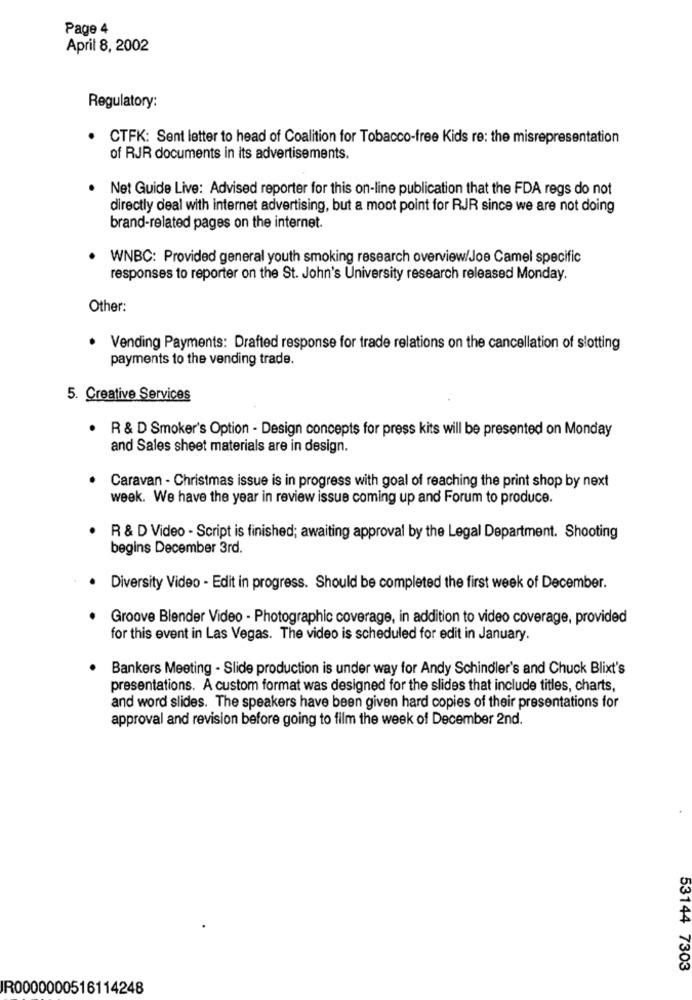
Page 4
April 8, 2002
Regulatory:
CTFK: Sent letter to head of Coalition for Tobacco-free Kids re: the misrepresentation
of RJR documents in its advertisements.
Net Guide Live: Advised reporter for this on-line publication that the FDA regs do not
directly deal with internet advertising, but a moot point for RJR since we are not doing
brand-related pages on the internet.
WNBC: Provided general youth smoking research overview/Joe Camel specific
responses to reporter on the St. John's University research released Monday.
Other:
.
Vending Payments: Drafted response for trade relations on the cancellation of slotting
payments to the vending trade.
5. Creative Services
.
R & D Smoker's Option - Design concepts for press kits will be presented on Monday
and Sales sheet materials are in design.
Caravan - Christmas issue is in progress with goal of reaching the print shop by next
week. We have the year in review issue coming up and Forum to produce.
R & D Video - Script is finished; awaiting approval by the Legal Department. Shooting
begins December 3rd.
. Diversity Video - Edit in progress. Should be completed the first week of December.
Groove Blender Video - Photographic coverage, in addition to video coverage, provided
for this event in Las Vegas. The video is scheduled for edit in January.
Bankers Meeting - Slide production is under way for Andy Schindler's and Chuck Blixt's
presentations. A custom format was designed for the slides that include titles, charts,
and word slides. The speakers have been given hard copies of their presentations for
approval and revision before going to film the week of December 2nd.
53144 7303
IR0000000516114248